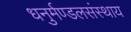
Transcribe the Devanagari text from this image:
धनुर्मण्डलसंस्थाय